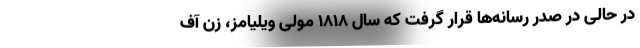
در حالی در صدر رسانه‌ها قرار گرفت که سال ١٨١٨ مولی ویلیامز، زن آف